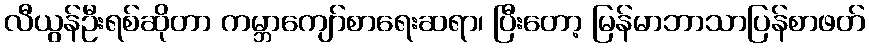
လီယွန်ဦးရစ်ဆိုတာ ကမ္ဘာကျော်စာရေးဆရာ၊ ပြီးတော့ မြန်မာဘာသာပြန်စာဖတ်